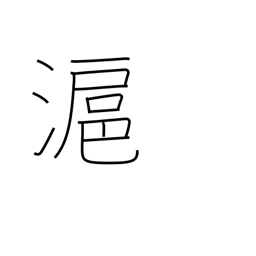
Meaning: another name for Shanghai